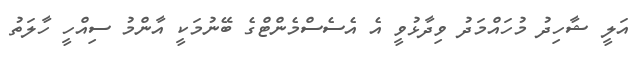
އަލީ ޝާހިދު މުހައްމަދު ވިދާޅުވީ އެ އެސެސްމެންޓްގެ ބޭނުމަކީ އާންމު ސިއްހީ ހާލަތު